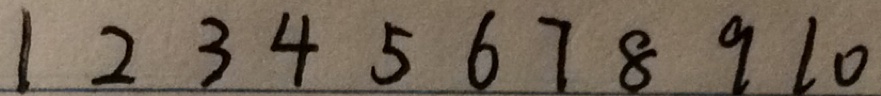
1 2 3 4 5 6 7 8 9 1 0